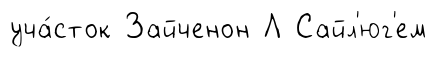
уча́сток Зайченон Л Сайл'юг'ем